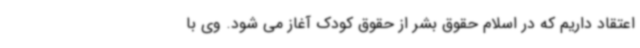
اعتقاد داریم که در اسلام حقوق بشر از حقوق کودک آغاز می شود. وی با